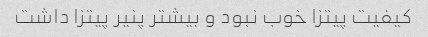
کیفیت پیتزا خوب نبود و بیشتر پنیر پیتزا داشت